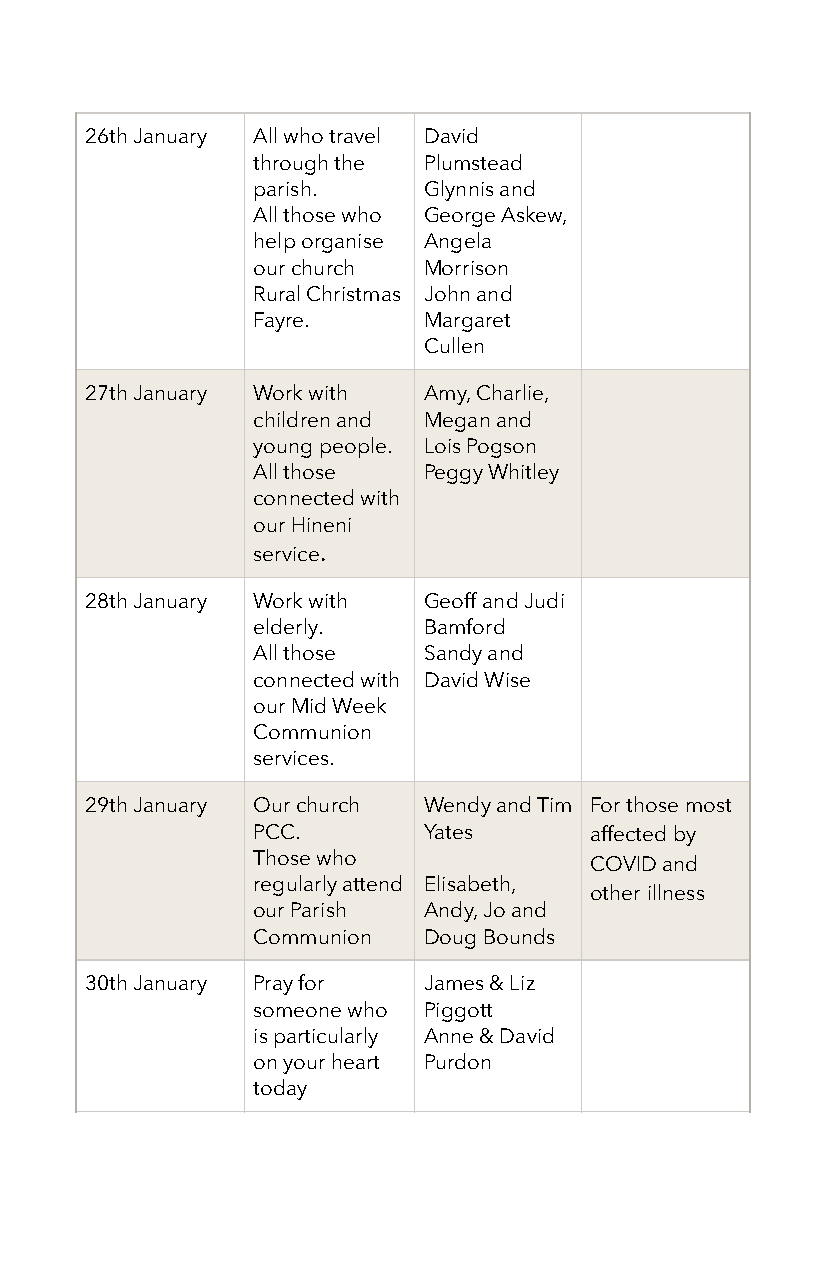
26th January All who travel David
 through the Plumstead
 parish.    Glynnis and
 All those who George Askew,
 help organise Angela
 our church Morrison
 Rural Christmas John and
 Fayre.     Margaret
 Cullen
 27th January Work with Amy, Charlie,
 children and Megan and
 young people. Lois Pogson
 All those  Peggy Whitley
 connected with
 our Hineni
 service.
 28th January Work with Geoff and Judi
 elderly.   Bamford
 All those  Sandy and
 connected with David Wise
 our Mid Week
 Communion
 services.
 29th January Our church Wendy and Tim For those most
 PCC.       Yates      affected by
 Those who             COVID and
 regularly attend Elisabeth,
 other illness
 our Parish Andy, Jo and
 Communion  Doug Bounds
 30th January Pray for James & Liz
 someone who Piggott
 is particularly Anne & David
 on your heart Purdon
 today